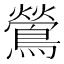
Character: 鶯